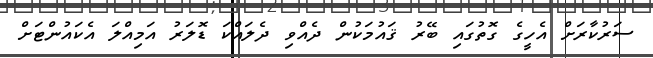
ސަރުކާރަށް އެހީގެ ގޮތުގައި ބޭރު ޤައުމަކުން ދެއްވި ދެލައްކަ ޑޮލަރު އަމިއްލަ އެކައުންޓަށް